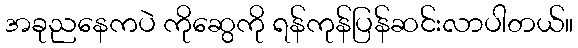
အခုညနေကပဲ ကိုဆွေကို ရန်ကုန်ပြန်ဆင်းလာပါတယ်။